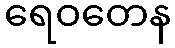
ရေဝတေန